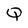
Character: Q